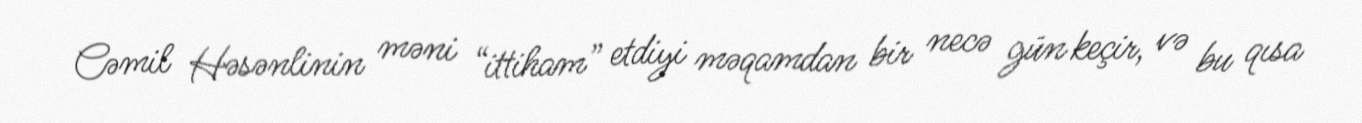
Cəmil Həsənlinin məni “ittiham” etdiyi məqamdan bir necə gün keçir, və bu qısa